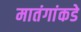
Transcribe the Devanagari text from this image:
मातंगांकडे